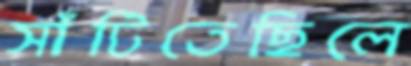
সাঁটিতেছিলে